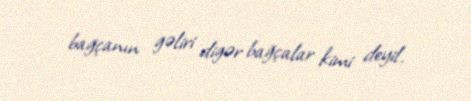
bağçanın gəliri digər bağçalar kimi deyil.